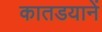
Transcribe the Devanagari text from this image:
कातडयानें